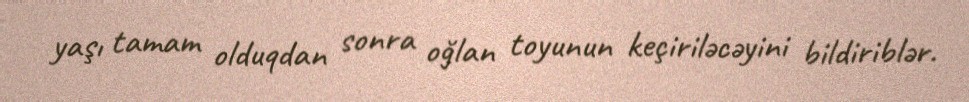
yaşı tamam olduqdan sonra oğlan toyunun keçiriləcəyini bildiriblər.